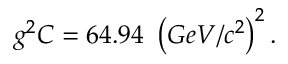
g ^ { 2 } C = 6 4 . 9 4 \ \left( G e V / c ^ { 2 } \right) ^ { 2 } .